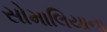
સોમાલિયાના